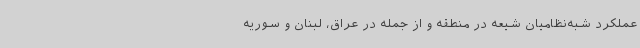
عملکرد شبه‌نظامیان شیعه در منطقه و از جمله در عراق، لبنان و سوریه